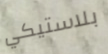
بلاستيكي